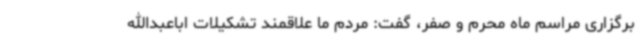
برگزاری مراسم ماه محرم و صفر، گفت: مردم ما علاقمند تشکیلات اباعبدالله